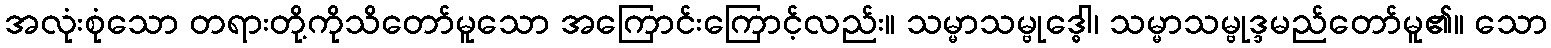
အလုံးစုံသော တရားတို့ကိုသိတော်မူသော အကြောင်းကြောင့်လည်း။ သမ္မာသမ္ဗုဒ္ဓေါ၊ သမ္မာသမ္ဗုဒ္ဒမည်တော်မူ၏။ သော